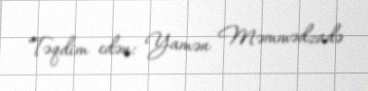
Təqdim edən: Yamən Məmmədzadə